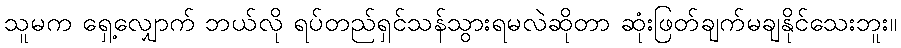
သူမက ရှေ့လျှောက် ဘယ်လို ရပ်တည်ရှင်သန်သွားရမလဲဆိုတာ ဆုံးဖြတ်ချက်မချနိုင်သေးဘူး။